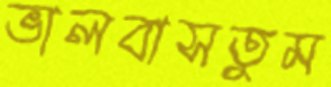
ভালবাসতুম